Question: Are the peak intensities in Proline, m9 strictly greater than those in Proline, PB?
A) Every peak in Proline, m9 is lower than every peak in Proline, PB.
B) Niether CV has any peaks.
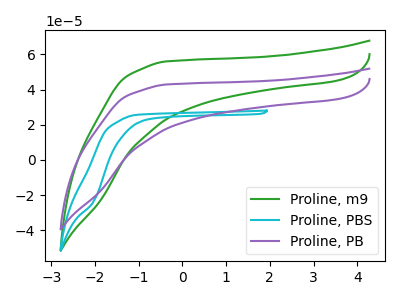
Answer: <think>The green curve "Proline, m9" has no peaks. The cyan curve "Proline, PBS" has no peaks. The purple curve "Proline, PB" has no peaks.</think>
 <answer>B) Niether CV has any peaks.</answer>
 <eval>B</eval>